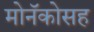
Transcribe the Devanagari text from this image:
मोनॅकोसह